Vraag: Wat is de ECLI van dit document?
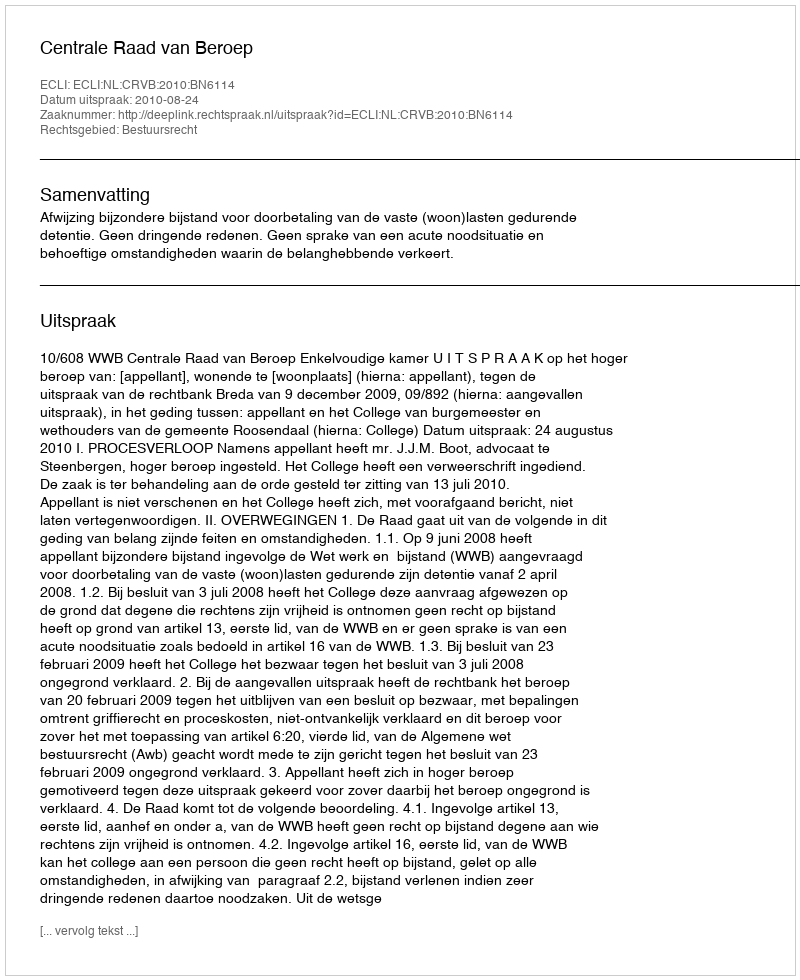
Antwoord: ECLI:NL:CRVB:2010:BN6114